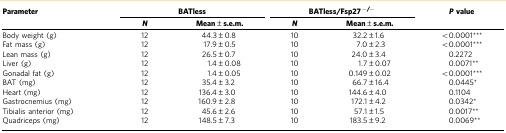
<table><thead><tr><td><b>Parameter</b></td><td colspan="2"><b>BATless</b></td><td colspan="2"><b>BATless/Fsp27<sup>−/−</sup></b></td><td><b><i>P</i> value</b></td></tr><tr><td><b> </b></td><td><b><i>N</i></b></td><td><b>Mean±s.e.m.</b></td><td><b><i>N</i></b></td><td><b>Mean±s.e.m.</b></td><td><b> </b></td></tr></thead><tbody><tr><td>Body weight (g)</td><td>12</td><td>44.3±0.8</td><td>10</td><td>32.2±1.6</td><td>&lt;0.0001***</td></tr><tr><td>Fat mass (g)</td><td>12</td><td>17.9±0.5</td><td>10</td><td>7.0±2.3</td><td>&lt;0.0001***</td></tr><tr><td>Lean mass (g)</td><td>12</td><td>26.5±0.7</td><td>10</td><td>24.0±3.4</td><td>0.2272</td></tr><tr><td>Liver (g)</td><td>12</td><td>1.4±0.08</td><td>10</td><td>1.7±0.07</td><td>0.0071**</td></tr><tr><td>Gonadal fat (g)</td><td>12</td><td>1.4±0.05</td><td>10</td><td>0.149±0.02</td><td>&lt;0.0001***</td></tr><tr><td>BAT (mg)</td><td>12</td><td>35.4±3.2</td><td>10</td><td>66.7±16.4</td><td>0.0445*</td></tr><tr><td>Heart (mg)</td><td>12</td><td>136.4±3.0</td><td>10</td><td>144.6±4.0</td><td>0.1104</td></tr><tr><td>Gastrocnemius (mg)</td><td>12</td><td>160.9±2.8</td><td>10</td><td>172.1±4.2</td><td>0.0342*</td></tr><tr><td>Tibialis anterior (mg)</td><td>12</td><td>45.6±2.6</td><td>10</td><td>57.1±1.5</td><td>0.0017**</td></tr><tr><td>Quadriceps (mg)</td><td>12</td><td>148.5±7.3</td><td>10</td><td>183.5±9.2</td><td>0.0069**</td></tr></tbody></table>